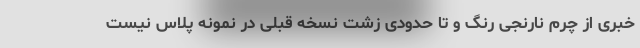
خبری از چرم نارنجی رنگ و تا حدودی زشت نسخه قبلی در نمونه پلاس نیست